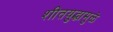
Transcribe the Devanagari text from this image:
शीतयुद्धामुळे